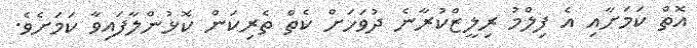
އޮތް ކަމަށާއި އެ ފިލްމު ރިލީޒްކުރާނެ ދުވަހަށް ކެތް ތެރިކަން ކޮޅުންލާފައިވާ ކަމަށެވެ.